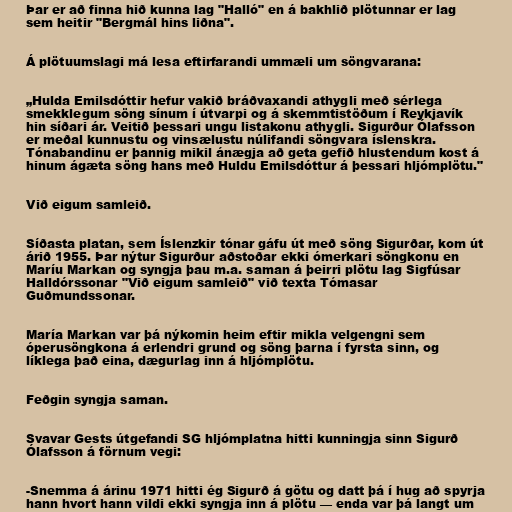
Þar er að finna hið kunna lag "Halló" en á bakhlið plötunnar er lag
sem heitir "Bergmál hins liðna".

Á plötuumslagi má lesa eftirfarandi ummæli um söngvarana:

„Hulda Emilsdóttir hefur vakið bráðvaxandi athygli með sérlega
smekklegum söng sínum í útvarpi og á skemmtistöðum í Reykjavík
hin síðari ár. Veitið þessari ungu listakonu athygli. Sigurður Ólafsson
er meðal kunnustu og vinsælustu núlifandi söngvara íslenskra.
Tónabandinu er þannig mikil ánægja að geta gefið hlustendum kost á
hinum ágæta söng hans með Huldu Emilsdóttur á þessari hljómplötu."

Við eigum samleið.

Síðasta platan, sem Íslenzkir tónar gáfu út með söng Sigurðar, kom út
árið 1955. Þar nýtur Sigurður aðstoðar ekki ómerkari söngkonu en
Maríu Markan og syngja þau m.a. saman á þeirri plötu lag Sigfúsar
Halldórssonar "Við eigum samleið" við texta Tómasar
Guðmundssonar.

María Markan var þá nýkomin heim eftir mikla velgengni sem
óperusöngkona á erlendri grund og söng þarna í fyrsta sinn, og
líklega það eina, dægurlag inn á hljómplötu.

Feðgin syngja saman.

Svavar Gests útgefandi SG hljómplatna hitti kunningja sinn Sigurð
Ólafsson á förnum vegi:

-Snemma á árinu 1971 hitti ég Sigurð á götu og datt þá í hug að spyrja
hann hvort hann vildi ekki syngja inn á plötu — enda var þá langt um